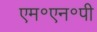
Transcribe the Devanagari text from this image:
एम॰एन॰पी